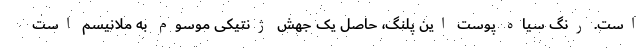
است. رنگ سیاه پوست این پلنگ، حاصل یک جهش ژنتیکی موسوم به ملانیسم است